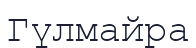
Гүлмайра